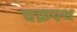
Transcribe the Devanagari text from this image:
चक्रपथ